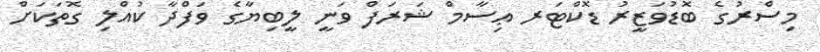
މިސްރުގެ ބޮޑުވަޒީރު ޑޮކްޓަރ ޢިސާމް ޝަރަފް ވަނީ ލީބިޔާގެ ވަފްދާ ކުއްލި ގޮތަކަށް